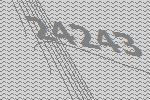
24243